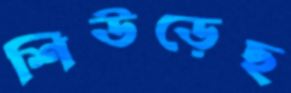
শিউড়েছ